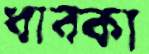
ধাবকা